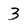
Character: 3